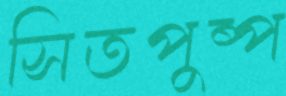
সিতপুষ্প